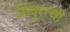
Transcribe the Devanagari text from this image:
सिंदूराची